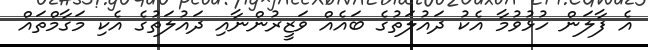
އެ ފާލަން ހުޅުވުމާ އެކު ދައުލަތުގެ ބައެއް ވަޒީރުންނާއި ދައުލަތުގެ އެކި މަގާމްތައް